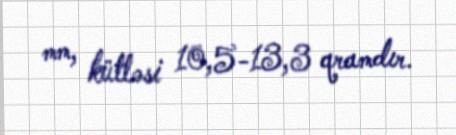
mm, kütləsi 10,5-13,3 qramdır.